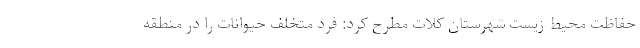
حفاظت محیط زیست شهرستان کلات مطرح کرد: فرد متخلف حیوانات را در منطقه